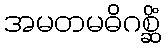
အမတမဓိဂစ္ဆိံ